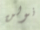
نولن